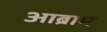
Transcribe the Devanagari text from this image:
आब्राम